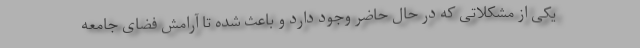
یکی از مشکلاتی که در حال حاضر وجود دارد و باعث شده تا آرامش فضای جامعه